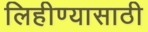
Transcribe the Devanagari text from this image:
लिहीण्यासाठी